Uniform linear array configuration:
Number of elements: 12
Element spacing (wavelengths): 0.5
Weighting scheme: blackman
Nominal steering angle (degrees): -15
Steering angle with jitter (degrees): -14.954
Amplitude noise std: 0.05
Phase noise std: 0.05

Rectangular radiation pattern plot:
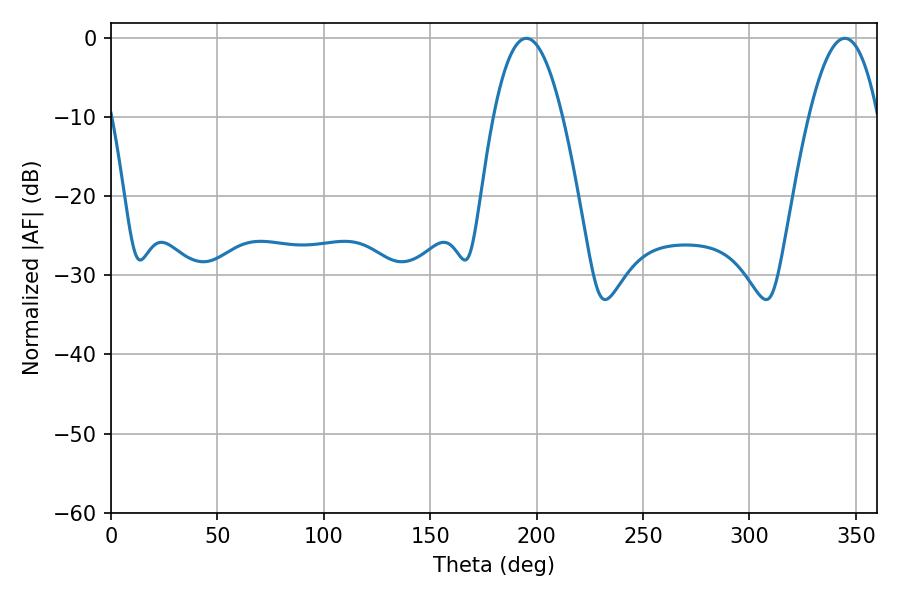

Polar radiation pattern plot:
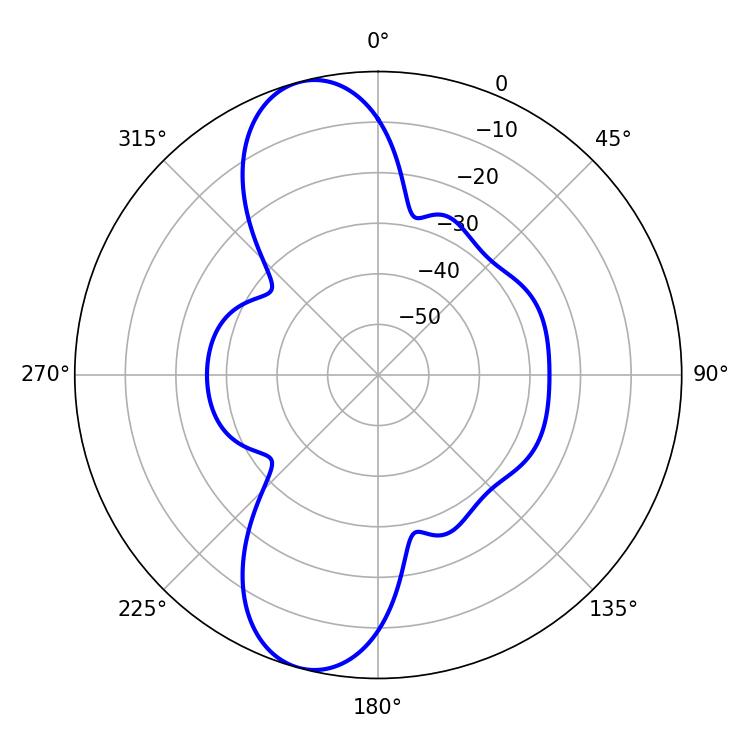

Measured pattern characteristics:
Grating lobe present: FALSE
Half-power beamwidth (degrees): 17.82
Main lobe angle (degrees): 195.12